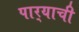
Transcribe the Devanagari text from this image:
पार्‍याची